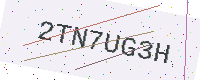
Text: 2TN7UG3H